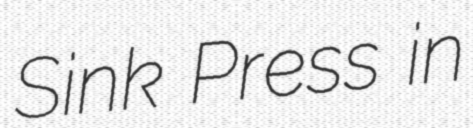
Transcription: Sink Press in